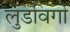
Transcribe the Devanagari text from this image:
लुडविगो